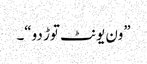
”ون یونٹ توڑ دو“۔